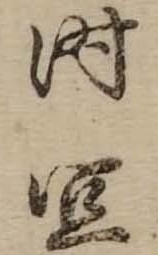
時宜